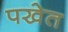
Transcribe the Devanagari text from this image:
पखेत